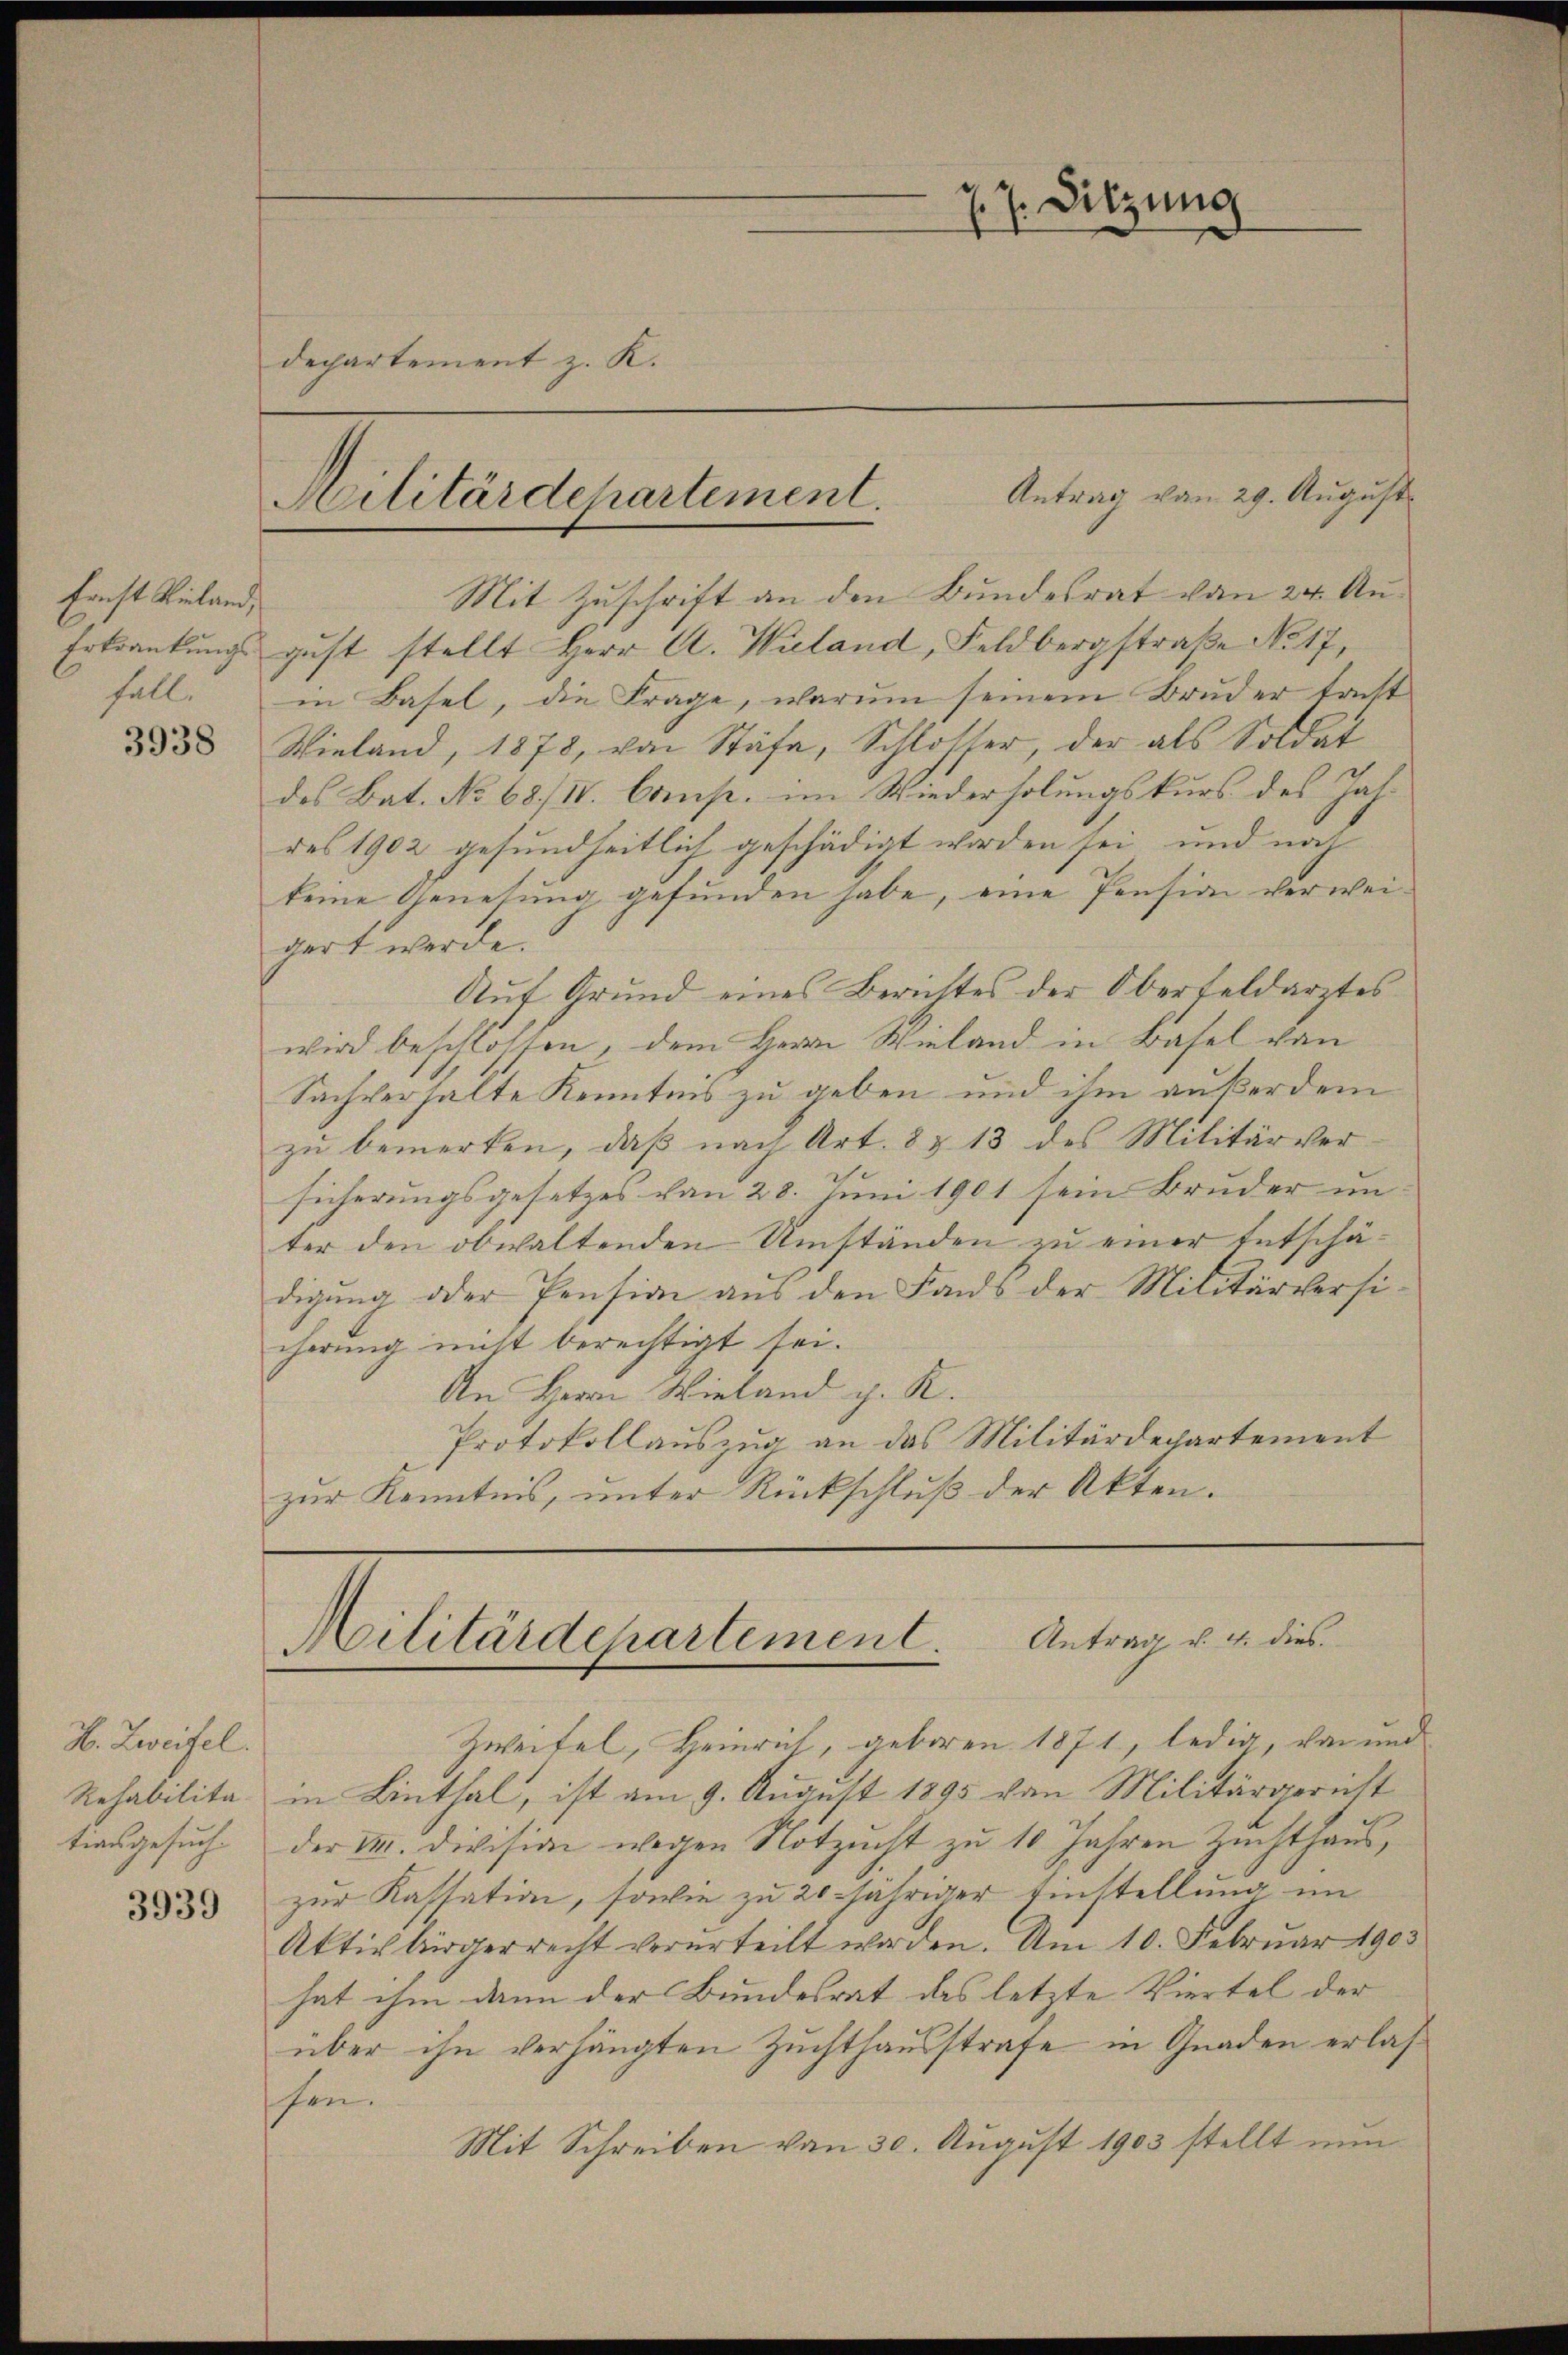
Ernst Vieland,
Erkrankungsfall.

3938

H. Zweifel.
Rehabilita-

3939

Dechartement z. K.
Pilitärdepartement.

7. Sitzung

Antrag vom 29. August

Mit Zuschrift an den Bundesrat von 24 Angust stellt Herr A. Wieland, Feldbergstraße No. 17,
in Basel, die Frage, warum seinem Bruder traft
Wieland, 1878, von Stäfa, Schlosser, der als Soldat
des Bat. No 68/IV. Comp. im Wiederholungskurs des Jahres 1902 gesundheitlich geschädigt worden sei, und noch
keine Genesung gefunden habe, eine Pension verweigert werde.
Auf Grund eines Berichtes der Oberfeldarztes
wird beschlossen, dem Herrn Wieland in Basel von
Sachverhalte Kenntnis zu geben und ihm außerdem
zu bemerken, daß nach Art. 8 § 13 des Militärver
sicherungsgesetzes von 28. Juni 1901 sein Bruder un
ter den obwaltenden Umständen zu einer Entschädigung oder Pension aus den Lands der Militärversicherung nicht berechtigt sei.
An Herrn Wieland z. R.
Protokollauszug an das Militärdepartement
zur Kenntnis, unter Rückschluß der Akten.

Militärdepartement. Antrag u. u. dies

Zweifel, Heinrich, geboren 1871, ledig, von und
in Linthal, ist am 9. August 1895 von Militärgericht
tionsgesuch der M. Division wegen Notzucht zu 10 Jahren Zuchthaus,
zur Kattation, sowie zu 20 jähriger Einstellung im
Aktivbürgerrecht verurteilt worden. Am 10. Februar 1903
hat ihm dann der Bundesrat des letzte Viertel der
über ihn verhängten Zuchthausstrafe in Gnaden erlasschen.
Mit Schreiben von 30. August 1903 stellt nun